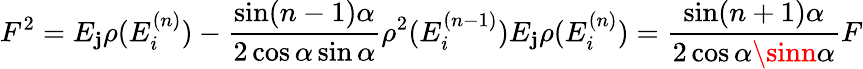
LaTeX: F^{2}=E_{\mathbf{j}}\rho(E_{i}^{(n)})-\frac{{\sin(n-1)\alpha}}{{2\cos\alpha\sin\alpha}}\rho^{2}(E_{i}^{(n-1)})E_{\mathbf{j}}\rho(E_{i}^{(n)})=\frac{{\sin(n+1)\alpha}}{{2\cos\alpha\sinn\alpha}}F